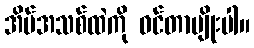
အိမ်အသစ်ထဲကို ဝင်တာမျိုးပါ။